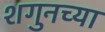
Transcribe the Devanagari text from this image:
शगुनच्या